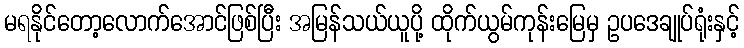
မရနိုင်တော့လောက်အောင်ဖြစ်ပြီး အမြန်သယ်ယူပို့ ထိုက်ယွမ်ကုန်းမြေမှ ဥပဒေချုပ်ရုံးနှင့်